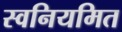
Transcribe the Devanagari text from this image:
स्वनियमित